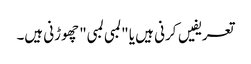
تعریفیں کرنی ہیں یا "لمبی لمبی" چھوڑنی ہیں۔